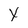
Character: x